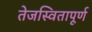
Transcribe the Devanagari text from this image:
तेजस्वितापूर्ण